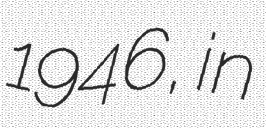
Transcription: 1946, in